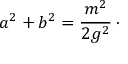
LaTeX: a ^ { 2 } + b ^ { 2 } = { \frac { m ^ { 2 } } { 2 g ^ { 2 } } } \, \cdotp